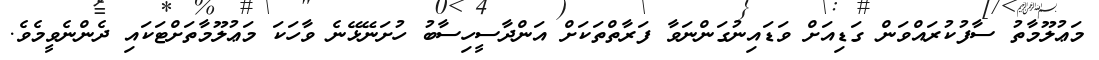
މަޢުލޫމާތު ސާފުކުރައްވަން ގަޑިއަށް ވަޑައިނުގަންނަވާ ފަރާތްތަކަށް އަންދާސީހިސާބު ހުށަނޭޅޭނެ ވާހަކަ މަޢުލޫމާތަށްޓަކައި ދެންނެވީމެވެ.